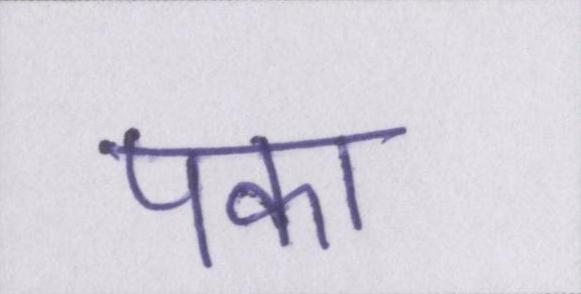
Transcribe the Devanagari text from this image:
पका